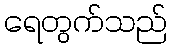
ရေတွက်သည်